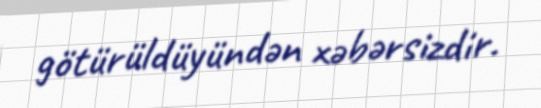
götürüldüyündən xəbərsizdir.